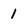
Character: 1